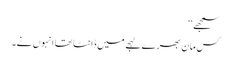
سمجھے‘‘
کس مان بھرے لہجے میں ڈانٹا تھا انہوں نے۔